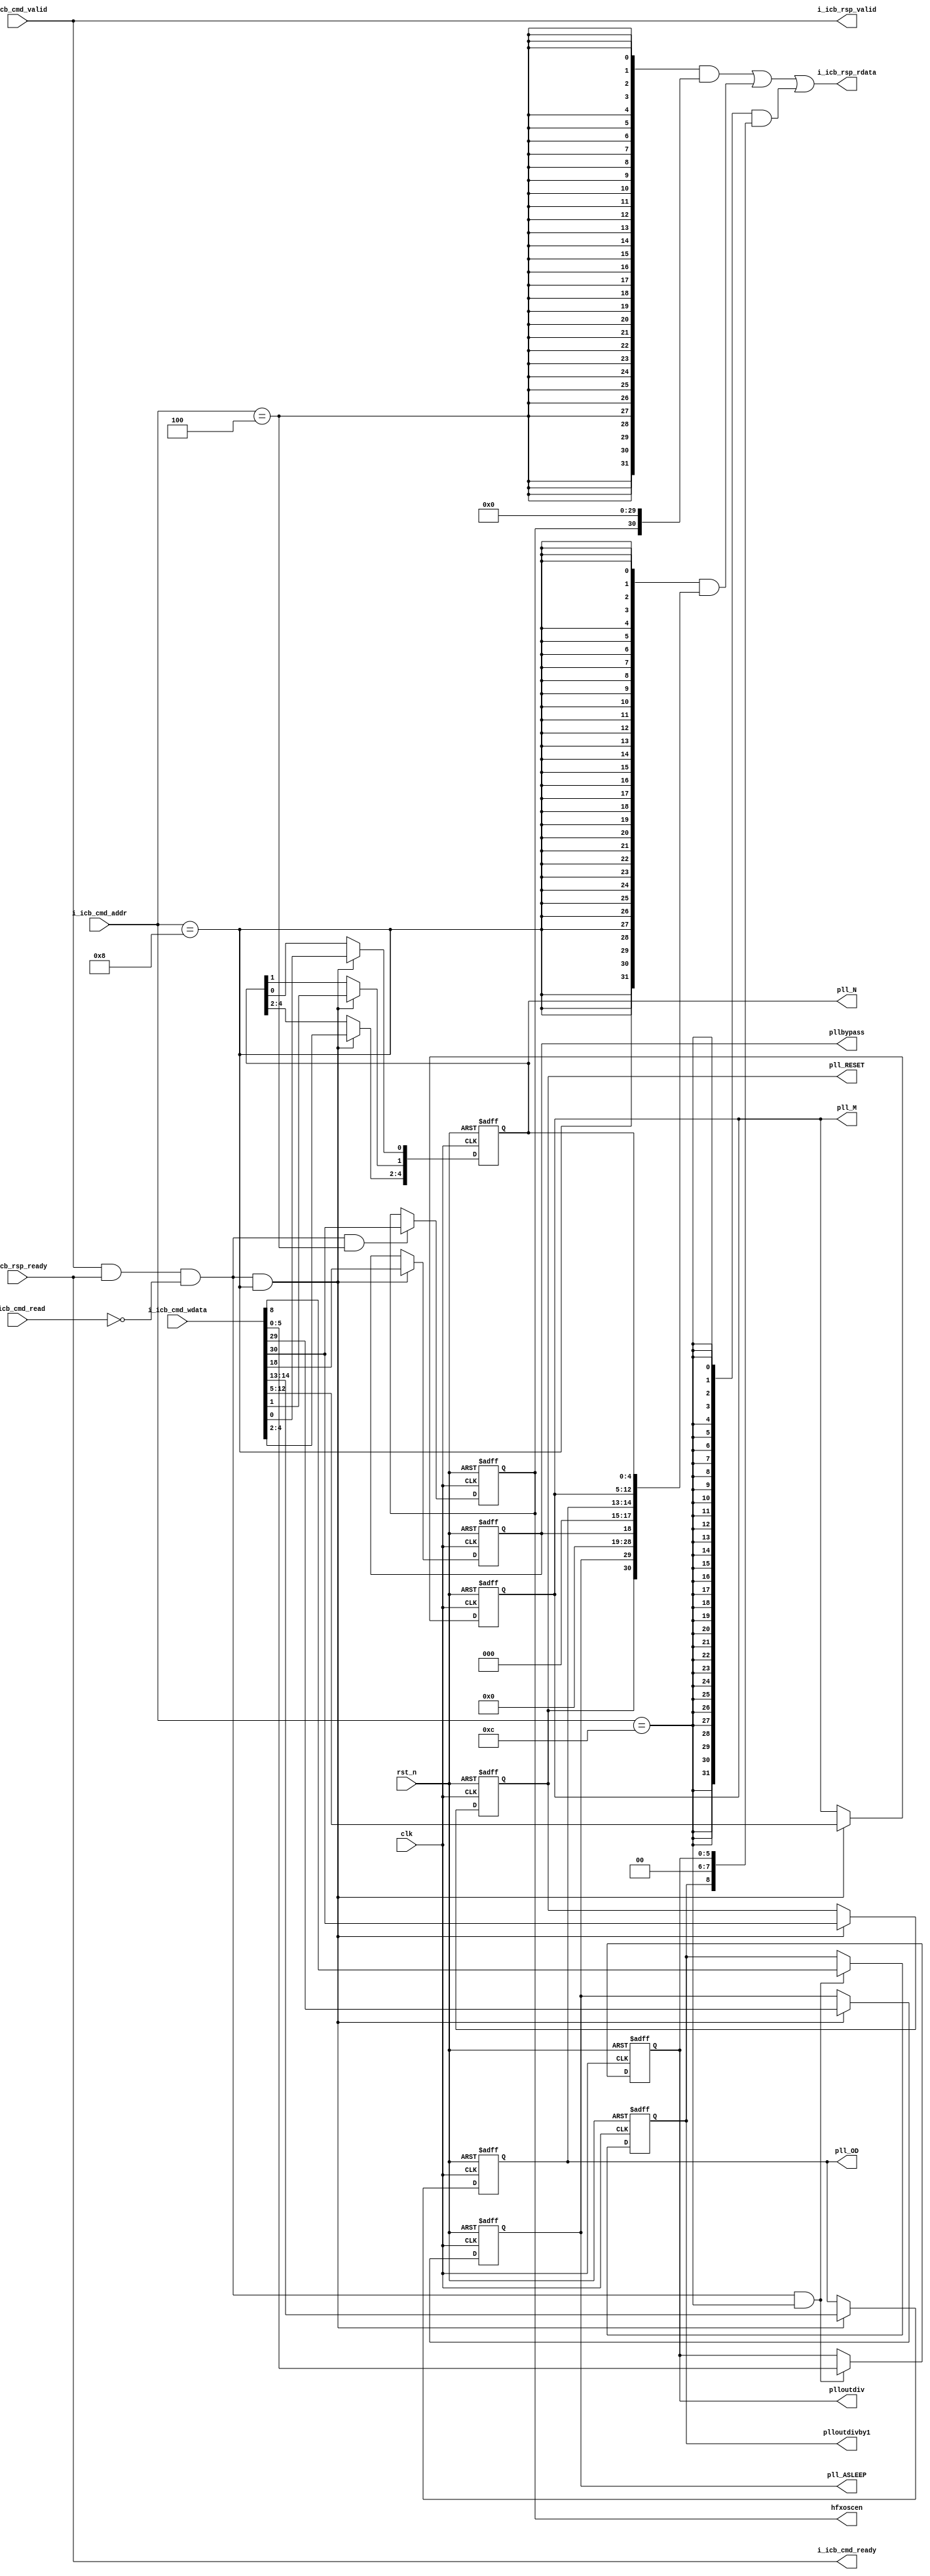
module sirv_hclkgen_regs(
  input  clk,
  input  rst_n,

  output reg pllbypass ,
  output reg pll_RESET ,
  output reg pll_ASLEEP ,
  output reg[1:0]  pll_OD,
  output reg[7:0]  pll_M,
  output reg[4:0]  pll_N,
  output reg plloutdivby1,
  output reg[5:0] plloutdiv,

  output reg hfxoscen,

  input                      i_icb_cmd_valid,
  output                     i_icb_cmd_ready,
  input  [12-1:0]            i_icb_cmd_addr, 
  input                      i_icb_cmd_read, 
  input  [32-1:0]            i_icb_cmd_wdata,
  
  output                     i_icb_rsp_valid,
  input                      i_icb_rsp_ready,
  output [32-1:0]            i_icb_rsp_rdata
);

// Directly connect the command channel with response channel
  assign i_icb_rsp_valid = i_icb_cmd_valid;
  assign i_icb_cmd_ready = i_icb_rsp_ready;

  wire icb_wr_en = i_icb_cmd_valid & i_icb_cmd_ready & (~i_icb_cmd_read);
  wire [32-1:0]  icb_wdata = i_icb_cmd_wdata;

  wire [32-1:0] hfxosccfg_r;
  wire [32-1:0] pllcfg_r;
  wire [32-1:0] plloutdiv_r;

  // Addr selection
  wire sel_hfxosccfg = (i_icb_cmd_addr == 12'h004);
  wire sel_pllcfg	 = (i_icb_cmd_addr == 12'h008);
  wire sel_plloutdiv = (i_icb_cmd_addr == 12'h00C);

  wire icb_wr_en_hfxosccfg = icb_wr_en & sel_hfxosccfg ;
  wire icb_wr_en_pllcfg    = icb_wr_en & sel_pllcfg	;
  wire icb_wr_en_plloutdiv = icb_wr_en & sel_plloutdiv ;

  assign i_icb_rsp_rdata = 
                   ({32{sel_hfxosccfg}} & hfxosccfg_r)
                 | ({32{sel_pllcfg	 }} & pllcfg_r	 )
                 | ({32{sel_plloutdiv}} & plloutdiv_r);

  /////////////////////////////////////////////////////////////////////////////////////////
  // HFXOSCCFG
  wire hfxoscen_ena = icb_wr_en_hfxosccfg;
     // The reset value is 1 
//  sirv_gnrl_dfflrs #(1) hfxoscen_dfflrs (hfxoscen_ena, icb_wdata[30], hfxoscen, clk, rst_n);
always @(posedge clk or negedge rst_n) begin : p_hfxoscen
  if (!rst_n)
    hfxoscen <= 1'b1;
  else if (hfxoscen_ena)
    hfxoscen <= icb_wdata[30];
end: p_hfxoscen
  assign hfxosccfg_r = {1'b0, hfxoscen, 30'b0};

  /////////////////////////////////////////////////////////////////////////////////////////
  // PLLCFG
  //
  // N: The reset value is 2 = 5'h2 = 5'b0_0010

//  sirv_gnrl_dfflrs#(1) pll_N_1_dfflr (icb_wr_en_pllcfg, icb_wdata[1], pll_N[1], clk, rst_n);
//  sirv_gnrl_dfflr #(3) pll_N_42_dfflr (icb_wr_en_pllcfg, icb_wdata[4:2], pll_N[4:2], clk, rst_n);
//  sirv_gnrl_dfflr #(1) pll_N_0_dfflr (icb_wr_en_pllcfg, icb_wdata[0], pll_N[0], clk, rst_n);
always @(posedge clk or negedge rst_n) begin : p_pll_N
    if (!rst_n) begin
        pll_N[4:2] <= 3'd0;
        pll_N[1]   <= 1'b1;
        pll_N[0]   <= 1'b0;
    end
    else if (icb_wr_en_pllcfg) begin
        pll_N[4:2] <= icb_wdata[4:2];
        pll_N[1]   <= icb_wdata[1];
        pll_N[0]   <= icb_wdata[0];
    end
end: p_pll_N
  //
  // M: The reset value is 50 = 8'h32 = 8'b0011_0010
//  sirv_gnrl_dfflr #(1) pll_M_7_dfflr (icb_wr_en_pllcfg, icb_wdata[12], pll_M[7], clk, rst_n);
//  sirv_gnrl_dfflr #(1) pll_M_6_dfflr (icb_wr_en_pllcfg, icb_wdata[11], pll_M[6], clk, rst_n);
//  sirv_gnrl_dfflrs#(1) pll_M_5_dfflr (icb_wr_en_pllcfg, icb_wdata[10], pll_M[5], clk, rst_n);
//  sirv_gnrl_dfflrs#(1) pll_M_4_dfflr (icb_wr_en_pllcfg, icb_wdata[09], pll_M[4], clk, rst_n);
//  sirv_gnrl_dfflr #(1) pll_M_3_dfflr (icb_wr_en_pllcfg, icb_wdata[08], pll_M[3], clk, rst_n);
//  sirv_gnrl_dfflr #(1) pll_M_2_dfflr (icb_wr_en_pllcfg, icb_wdata[07], pll_M[2], clk, rst_n);
//  sirv_gnrl_dfflrs#(1) pll_M_1_dfflr (icb_wr_en_pllcfg, icb_wdata[06], pll_M[1], clk, rst_n);
//  sirv_gnrl_dfflr #(1) pll_M_0_dfflr (icb_wr_en_pllcfg, icb_wdata[05], pll_M[0], clk, rst_n);
always @(posedge clk or negedge rst_n) begin : p_pll_M
    if (!rst_n) begin
        pll_M[7]   <= 1'b0;
        pll_M[6]   <= 1'b0;
        pll_M[5]   <= 1'b1;
        pll_M[4]   <= 1'b1;
        pll_M[3]   <= 1'b0;
        pll_M[2]   <= 1'b0;
        pll_M[1]   <= 1'b1;
        pll_M[0]   <= 1'b0;
    end
    else if (icb_wr_en_pllcfg) begin
        pll_M[7:0] <= icb_wdata[12:5];
    end
end: p_pll_M
  
  // OD: The reset value is 2 = 2'b10
//  sirv_gnrl_dfflrs #(1) pll_OD_1_dfflrs(icb_wr_en_pllcfg, icb_wdata[14], pll_OD[1], clk, rst_n);
//  sirv_gnrl_dfflr  #(1) pll_OD_0_dfflr (icb_wr_en_pllcfg, icb_wdata[13], pll_OD[0], clk, rst_n);
always @(posedge clk or negedge rst_n) begin : p_pll_OD
    if (!rst_n) begin
        pll_OD[1]   <= 1'b1;
        pll_OD[0]   <= 1'b0;
    end
    else if (icb_wr_en_pllcfg) begin
        pll_OD[1:0] <= icb_wdata[14:13];
    end
end: p_pll_OD

  // Bypass: The reset value is 1
//  sirv_gnrl_dfflrs #(1) pllbypass_dfflrs (icb_wr_en_pllcfg, icb_wdata[18], pllbypass, clk, rst_n);
always @(posedge clk or negedge rst_n) begin : p_pllbypass
    if (!rst_n) begin
        pllbypass   <= 1'b1;
    end
    else if (icb_wr_en_pllcfg) begin
        pllbypass   <= icb_wdata[18];
    end
end: p_pllbypass

  // RESET: The reset value is 0
//  sirv_gnrl_dfflr  #(1) pll_RESET_dfflrs (icb_wr_en_pllcfg, icb_wdata[30], pll_RESET, clk, rst_n);
always @(posedge clk or negedge rst_n) begin : p_pll_RESET
    if (!rst_n) begin
        pll_RESET   <= 1'b0;
    end
    else if (icb_wr_en_pllcfg) begin
        pll_RESET   <= icb_wdata[30];
    end
end: p_pll_RESET

  // ASLEEP: The asleep value is 0
//  sirv_gnrl_dfflr  #(1) pll_ASLEEP_dfflrs (icb_wr_en_pllcfg, icb_wdata[29], pll_ASLEEP, clk, rst_n);
always @(posedge clk or negedge rst_n) begin : p_pll_ASLEEP
    if (!rst_n) begin
        pll_ASLEEP   <= 1'b0;
    end
    else if (icb_wr_en_pllcfg) begin
        pll_ASLEEP   <= icb_wdata[29];
    end
end: p_pll_ASLEEP

  assign pllcfg_r[31] = 1'b0;
  assign pllcfg_r[30] = pll_RESET;
  assign pllcfg_r[29] = pll_ASLEEP;
  assign pllcfg_r[28:19] = 10'b0;
  assign pllcfg_r[18] = pllbypass;
  assign pllcfg_r[17:15] = 3'b0;
  assign pllcfg_r[14:13] = pll_OD;
  assign pllcfg_r[12:5] = pll_M;
  assign pllcfg_r[4:0] = pll_N;
 
  /////////////////////////////////////////////////////////////////////////////////////////
  // PLLOUTDIV
  //
  wire plloutdiv_ena = icb_wr_en_plloutdiv;
//  sirv_gnrl_dfflr #(6) plloutdiv_dfflr (plloutdiv_ena, icb_wdata[5:0], plloutdiv, clk, rst_n);
always @(posedge clk or negedge rst_n) begin : p_plloutdiv
    if (!rst_n) begin
        plloutdiv   <= 6'd0;
    end
    else if (plloutdiv_ena) begin
        plloutdiv   <= icb_wdata[5:0];
    end
end: p_plloutdiv
  wire plloutdivby1_ena = icb_wr_en_plloutdiv;
  // The reset value is 1
//  sirv_gnrl_dfflrs #(1) plloutdivby1_dfflrs (plloutdivby1_ena, icb_wdata[8], plloutdivby1, clk, rst_n);
always @(posedge clk or negedge rst_n) begin : p_plloutdivby1
    if (!rst_n) begin
        plloutdivby1   <= 1'b1;
    end
    else if (plloutdivby1_ena) begin
        plloutdivby1   <= icb_wdata[8];
    end
end: p_plloutdivby1

  assign plloutdiv_r[31:9] = 23'b0;
  assign plloutdiv_r[8] = plloutdivby1;
  assign plloutdiv_r[7:6] = 2'b0;
  assign plloutdiv_r[5:0] = plloutdiv;

endmodule